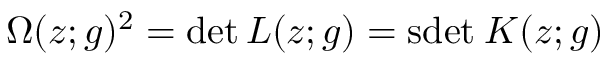
\Omega ( z ; g ) ^ { 2 } = \operatorname * { d e t } L ( z ; g ) = \mathrm { s d e t } \: K ( z ; g )